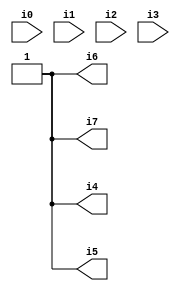
// Benchmark "SKOLEMFORMULA" written by ABC on Mon May  4 05:26:58 2020

module SKOLEMFORMULA ( 
    i0, i1, i2, i3,
    i4, i5, i6, i7  );
  input  i0, i1, i2, i3;
  output i4, i5, i6, i7;
  assign i4 = 1'b1;
  assign i5 = 1'b1;
  assign i6 = 1'b1;
  assign i7 = 1'b1;
endmodule